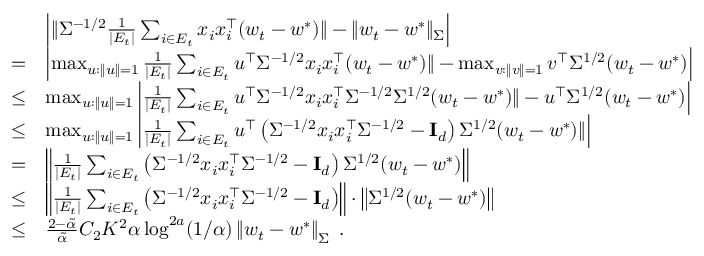
\begin{array} { r l } & { \left| \| \Sigma ^ { - 1 / 2 } \frac { 1 } { | E _ { t } | } \sum _ { i \in E _ { t } } x _ { i } x _ { i } ^ { \top } ( w _ { t } - w ^ { * } ) \| - \| w _ { t } - w ^ { * } \| _ { \Sigma } \right| } \\ { = } & { \left| \operatorname* { m a x } _ { u : \| u \| = 1 } \frac { 1 } { | E _ { t } | } \sum _ { i \in E _ { t } } u ^ { \top } \Sigma ^ { - 1 / 2 } x _ { i } x _ { i } ^ { \top } ( w _ { t } - w ^ { * } ) \| - \operatorname* { m a x } _ { v : \| v \| = 1 } v ^ { \top } \Sigma ^ { 1 / 2 } ( w _ { t } - w ^ { * } ) \right| } \\ { \leq } & { \operatorname* { m a x } _ { u : \| u \| = 1 } \left| \frac { 1 } { | E _ { t } | } \sum _ { i \in E _ { t } } u ^ { \top } \Sigma ^ { - 1 / 2 } x _ { i } x _ { i } ^ { \top } \Sigma ^ { - 1 / 2 } \Sigma ^ { 1 / 2 } ( w _ { t } - w ^ { * } ) \| - u ^ { \top } \Sigma ^ { 1 / 2 } ( w _ { t } - w ^ { * } ) \right| } \\ { \leq } & { \operatorname* { m a x } _ { u : \| u \| = 1 } \left| \frac { 1 } { | E _ { t } | } \sum _ { i \in E _ { t } } u ^ { \top } \left( \Sigma ^ { - 1 / 2 } x _ { i } x _ { i } ^ { \top } \Sigma ^ { - 1 / 2 } - \mathbf { I } _ { d } \right) \Sigma ^ { 1 / 2 } ( w _ { t } - w ^ { * } ) \| \right| } \\ { = } & { \left\| \frac { 1 } { | E _ { t } | } \sum _ { i \in E _ { t } } \left( \Sigma ^ { - 1 / 2 } x _ { i } x _ { i } ^ { \top } \Sigma ^ { - 1 / 2 } - \mathbf { I } _ { d } \right) \Sigma ^ { 1 / 2 } ( w _ { t } - w ^ { * } ) \right\| } \\ { \leq } & { \left\| \frac { 1 } { | E _ { t } | } \sum _ { i \in E _ { t } } \left( \Sigma ^ { - 1 / 2 } x _ { i } x _ { i } ^ { \top } \Sigma ^ { - 1 / 2 } - \mathbf { I } _ { d } \right) \right\| \cdot \left\| \Sigma ^ { 1 / 2 } ( w _ { t } - w ^ { * } ) \right\| } \\ { \leq } & { \frac { 2 - \tilde { \alpha } } { \tilde { \alpha } } C _ { 2 } K ^ { 2 } \alpha \log ^ { 2 a } ( 1 / \alpha ) \left\| w _ { t } - w ^ { * } \right\| _ { \Sigma } \; . } \end{array}